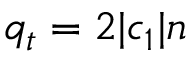
q _ { t } = 2 | c _ { 1 } | n